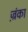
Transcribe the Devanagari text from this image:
ज़्रंका